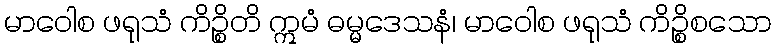
မာဝေါစ ဖရုသံ ကိဉ္စိတိ ဣမံ ဓမ္မဒေသနံ၊ မာဝေါစ ဖရုသံ ကိဉ္စိစသော